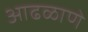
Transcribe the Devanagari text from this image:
आढळाणे